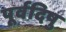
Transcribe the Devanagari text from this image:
पूर्वदिषु